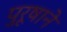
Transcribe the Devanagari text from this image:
पुरूषाने